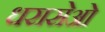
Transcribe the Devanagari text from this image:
धरासेओ